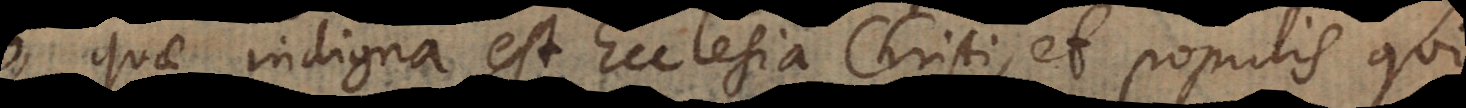
quae indigna est Ecclesia Christi, et populis qui